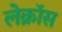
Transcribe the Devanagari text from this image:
लेक्रॉस